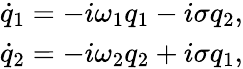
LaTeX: \begin{array}{r}{\dot{q}_{1}=-i\omega_{1}q_{1}-i\sigma q_{2},}\\ {\dot{q}_{2}=-i\omega_{2}q_{2}+i\sigma q_{1},}\end{array}